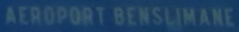
AEROPORT BENSLIMANE